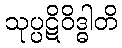
သုပ္ပဋိဝိဒ္ဓါတိ